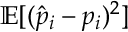
\mathbb { E } [ ( \hat { p } _ { i } - p _ { i } ) ^ { 2 } ]